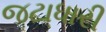
જટાધારી